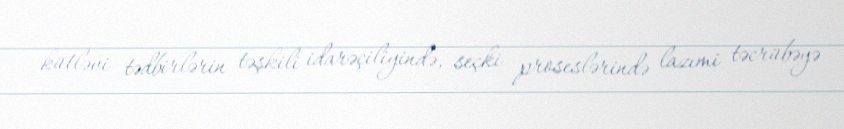
kütləvi tədbirlərin təşkili idarəçiliyində, seçki proseslərində lazımi təcrübəyə